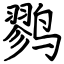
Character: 鹨